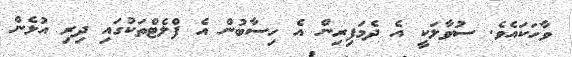
ވާހަކައެވެ. ސުވާލަކީ އެ ދެމަފިރިން އެ ހިސާބުން އެ ފްލެޓްތަކުގައި ދިރި އުޅެން